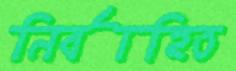
নির্বাহিত